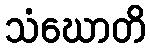
သံဃောတိ